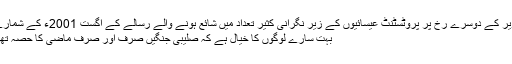
نظر ڈالتے ہیں تصویر کے دوسرے رخ پر پروٹسٹنٹ عیسائیوں کے زیر نگرانی کثیر تعداد میں شائع ہونے والے رسالے کے اگست 2001ء کے شمارے میں لکھتا ہے کہ
بہت سارے لوگوں کا خیال ہے کہ صلیبی جنگیں صرف اور صرف ماضی کا حصہ تھیں لیکن وہ غلط ہیں۔